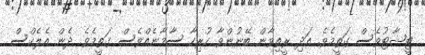
ޓީޝާޓުވެސް ގަތީމެވެ. އަދި ރީތިވާން ބޭނުންވާ ހުރިހާ ސާމާނެއްވެސް ގަތީމެވެ. ދެން އެލެކްސް